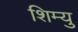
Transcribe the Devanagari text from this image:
शिम्यु